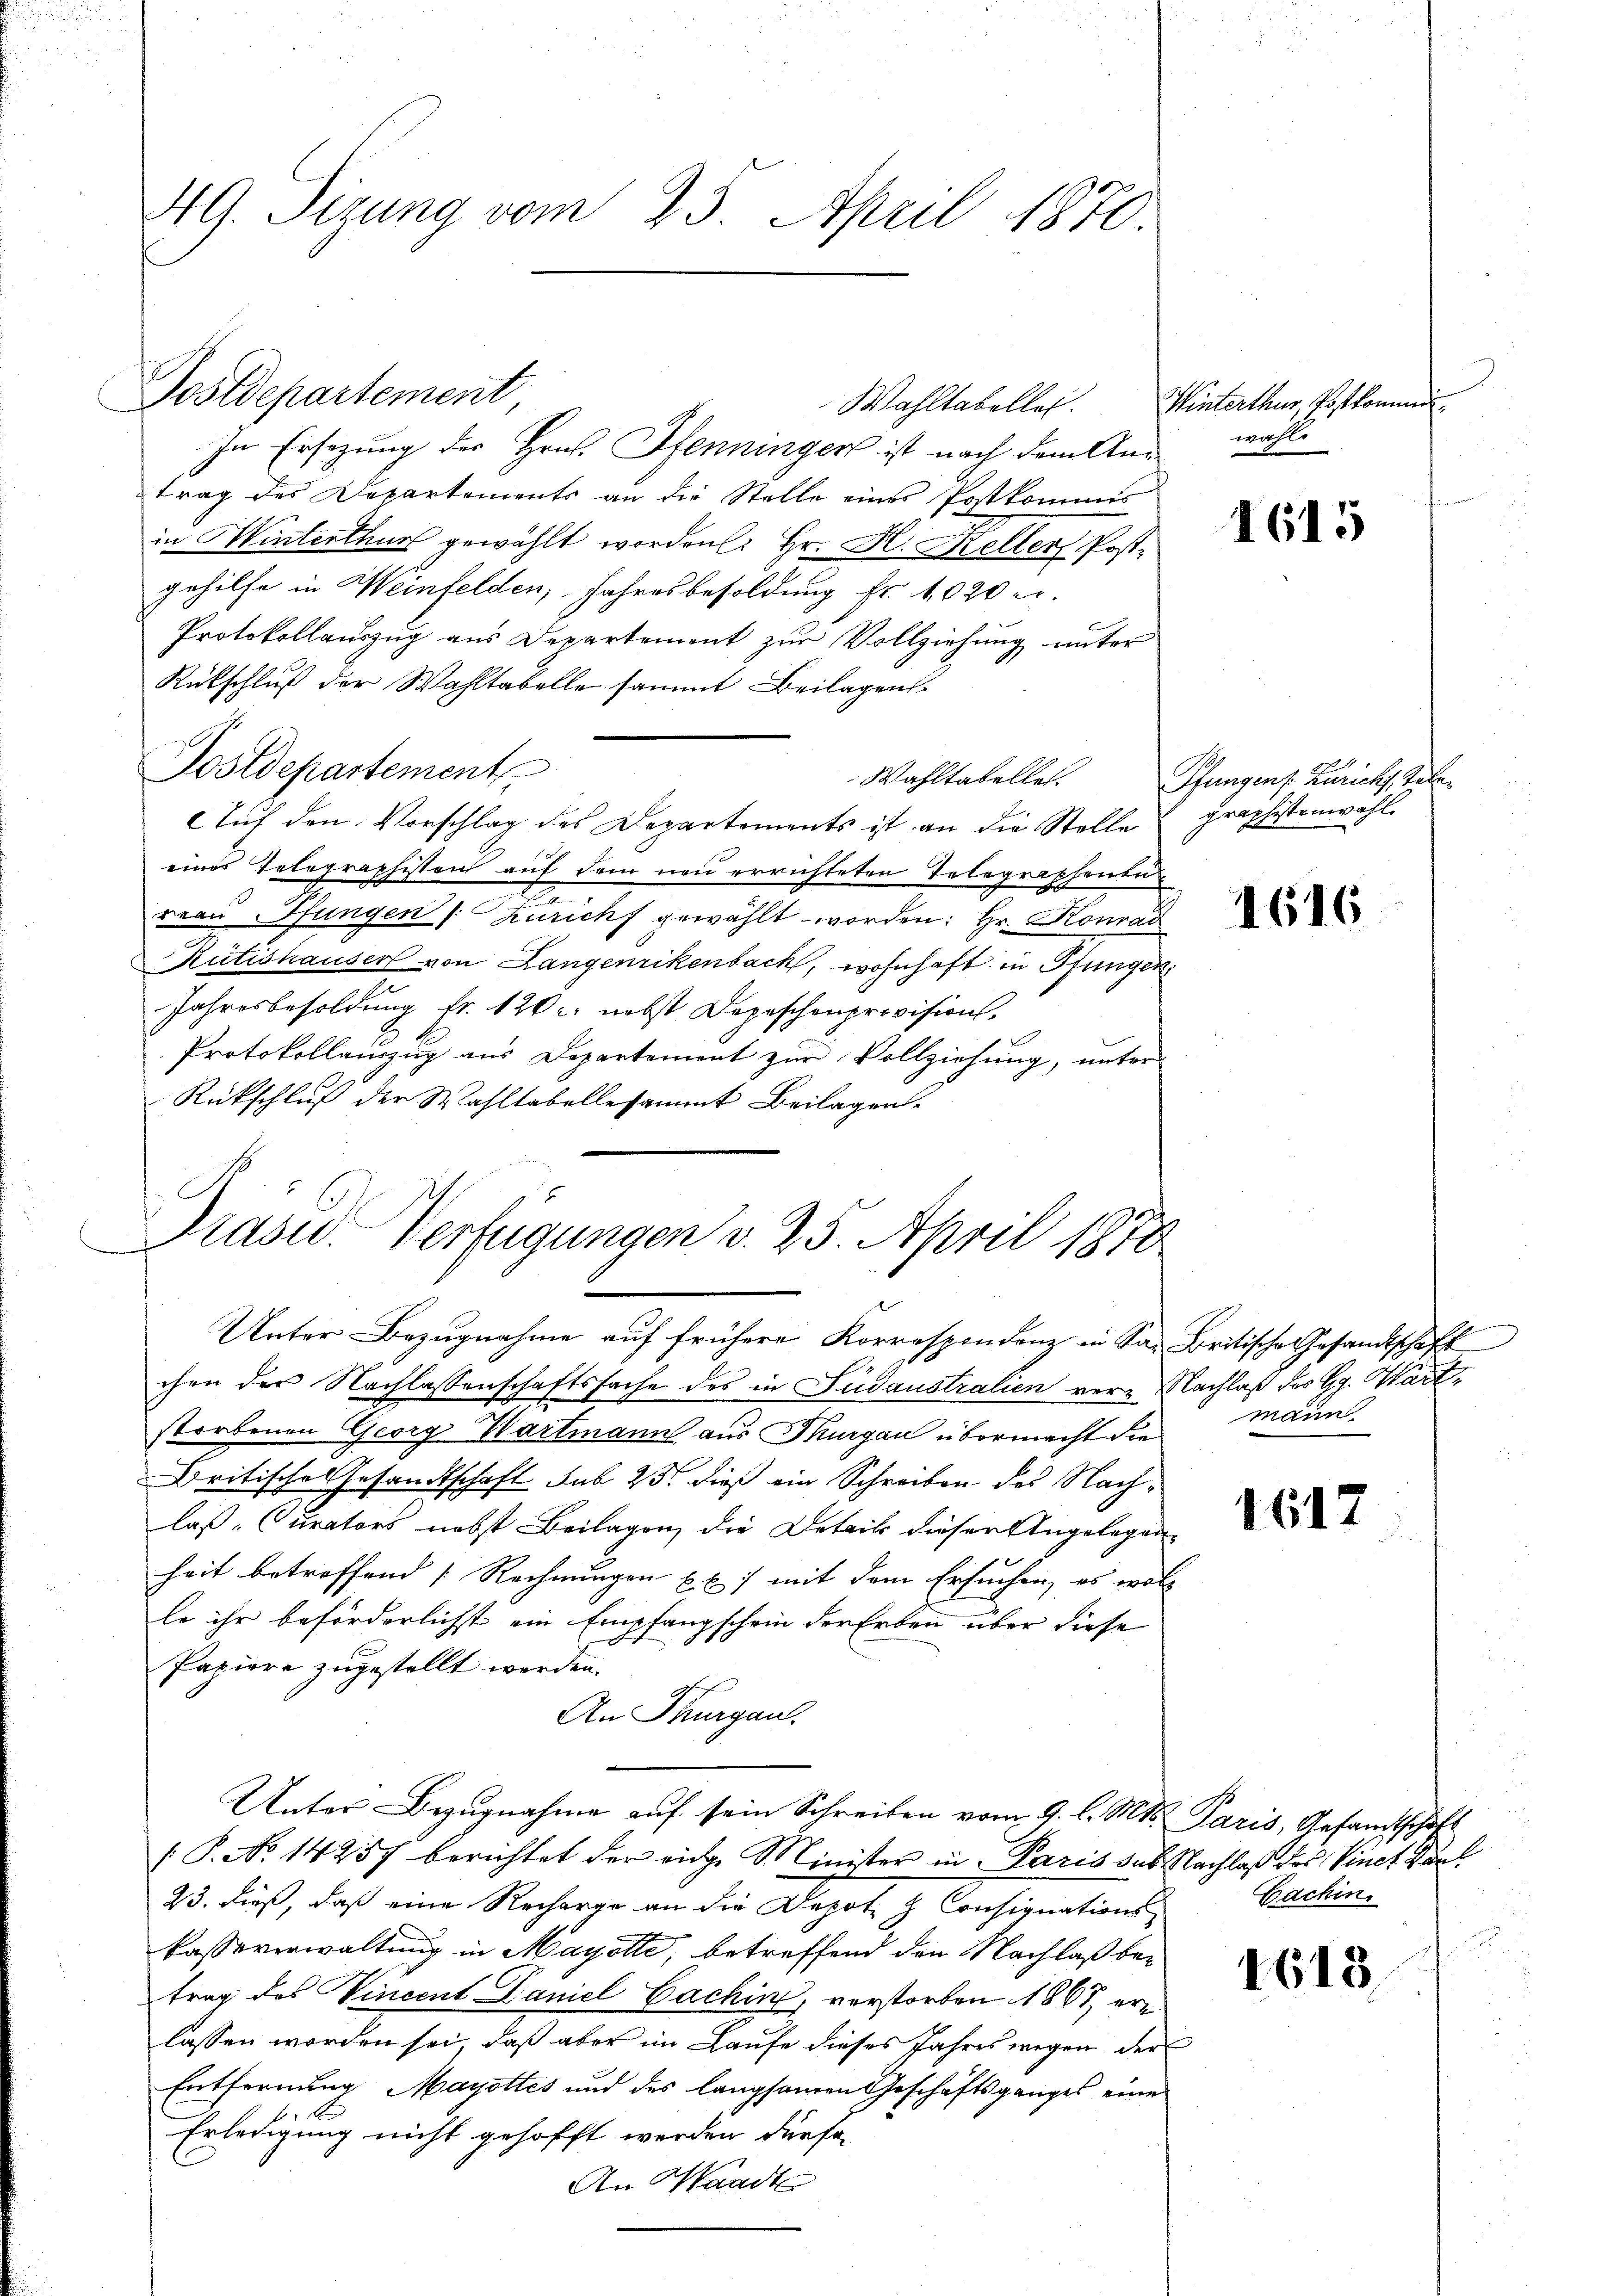
49. Sizung vom 23. April 1870.

Postdepartement

In Ersezung der Hrn. Pfenninger ist nach dem Antrag des Departements an die Stelle eines Patkommis
in Hinterthurs gewählt worden. Hr. H. Keller Post-
gehilfe in Weinfelden, Jahresbesoldung Fr. 1020 e
Protokollauszug aus Departement zŭr Vollziehung unter
Rückschluß der Wahltabelle sammt Beilagen.
Wahltabelles.
Auf den Vorschlag des Departements ist an die Stelle graphisten wähl
eines Telegraphisten auf dem neu errichteten Telegraphenbu
rean Pfungen (Zürich gewählt worden: Hr. Konrad
Rütishauser von Langenrikenbach, wohnhaft in Pfungen
Jahresbesoldung fr. 120 nebst Depeschenprovision,
Protokollauszug aus Departement zur Vollziehung, unter
Rückschluß der Wahltabellesammt Beilagens-

Postdepartement

Wahltabellei

Präsid. Verfügungen d. 25. April 1870

Unter Bezugnahme auf frühere Korrespendenz in San Britische Gesandtschaft
chen der Nachlassenschaftssache des in Sudaustralien verz. Nachlaß des Gg. Wartstorbenen Georg Wartmann aus Thurgau übermacht die
Britische Gesandtschaft sub 25. dieß ein Schreiben des Nachlaß-Curators nebst Beilagen, die Detail dieser Angelegenheit betreffend Rechnungen E. u. mit dem Ersuchen, es woll
le ihr beförderlichst ein Empfangschein der Erben über diese
Papiere zugestellt werden.
An Thurgau.
Unter Bezŭgnahme aŭf sein Schreiben vom 9. l. Mts. Paris, Gesandtschaf
: P. No 14257 berichtet der eidge Minister in Paris sub Nachlaß des Vinet Van
23. dieß, daß eine Recharge an die Depot & Consignations¬
Cassaverwaltung in Mayotte, betreffend den Nachlaß betrag des Vincent Daniel Cachine, verstorben 1867, er
lassen worden sei, daß aber im Laufe dieses Jahreswegen der
Entfernung Mayottes und des langsamen Geschäftsganges eine
Erledigung nicht gehofft werden dürfe
An Waadt

Hinterthur, Postkomm
wahle

1615

Pfungen s. Zürich, Kalen

1616

mann

1617

Cachin

1613.